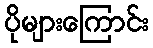
ပိုများကြောင်း